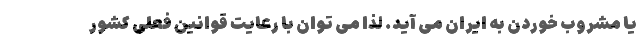
یا مشروب خوردن به ایران می آید. لذا می توان با رعایت قوانین فعلی کشور